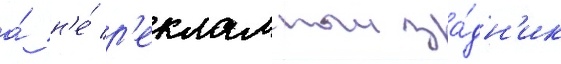
а́ н'е́ р'екламныи за́дн'ик